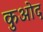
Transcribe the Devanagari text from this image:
कुओद